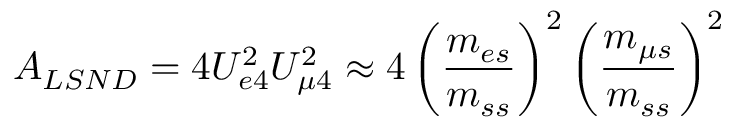
A _ { L S N D } = 4 U _ { e 4 } ^ { 2 } U _ { \mu 4 } ^ { 2 } \approx 4 \left( \frac { m _ { e s } } { m _ { s s } } \right) ^ { 2 } \left( \frac { m _ { \mu s } } { m _ { s s } } \right) ^ { 2 }